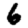
Digit: 6